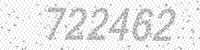
Solution: 722462